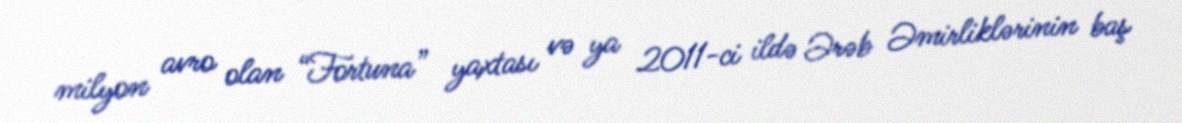
milyon avro olan “Fortuna” yaxtası və ya 2011-ci ildə Ərəb Əmirliklərinin baş